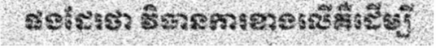
ផងដែរថា វិធានការខាងលើគឺដើម្បី